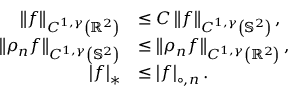
\begin{array} { r l } { \left\lVert f \right\rVert _ { C ^ { 1 , \gamma } \left( { \mathbb { R } ^ { 2 } } \right) } } & { \leq C \left\lVert f \right\rVert _ { C ^ { 1 , \gamma } \left( { \mathbb { S } ^ { 2 } } \right) } , } \\ { \left\lVert \rho _ { n } f \right\rVert _ { C ^ { 1 , \gamma } \left( { \mathbb { S } ^ { 2 } } \right) } } & { \leq \left\lVert \rho _ { n } f \right\rVert _ { C ^ { 1 , \gamma } \left( { \mathbb { R } ^ { 2 } } \right) } , } \\ { \left| f \right| _ { * } } & { \leq \left\lvert f \right\rvert _ { \circ , n } . } \end{array}